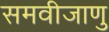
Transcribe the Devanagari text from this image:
समवीजाणु